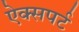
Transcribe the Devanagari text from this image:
ऐक्सपर्ट